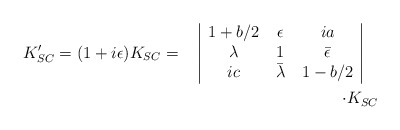
\begin{align*}K'_{SC}=(1+i\epsilon)K_{SC}=\begin{tabular}{c|ccc|c} &$1+b/2 $&$\epsilon$&$i a$&\\ &$\lambda$&$1$&${\bar \epsilon}$&\\ & $i c$&${\bar\lambda}$&$1-b/2 $&\\\end{tabular}\\ \cdot K_{SC}\end{align*}